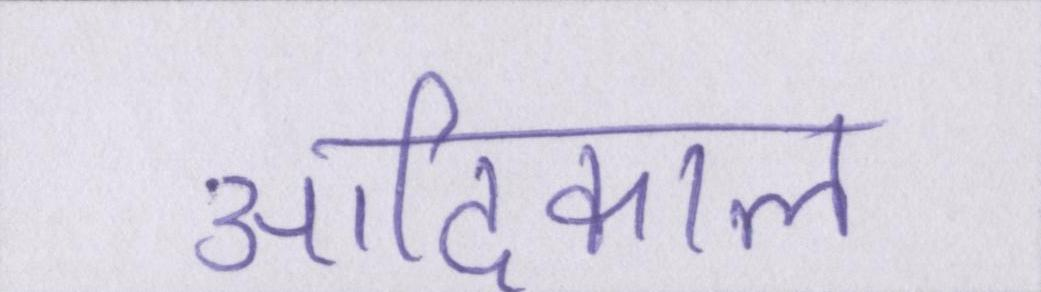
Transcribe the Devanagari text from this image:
आदिकाल